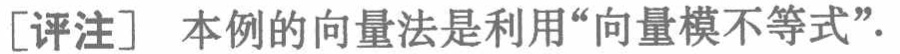
[评注] 本例的向量法是利用“向量模不等式”.